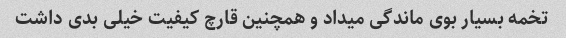
تخمه بسیار بوی ماندگی میداد و همچنین قارچ کیفیت خیلی بدی داشت